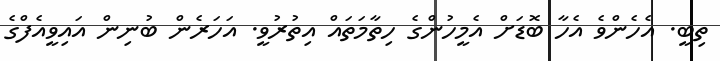
ތިބީ. އެހެންވެ އެހާ ބޮޑަށް އެމީހުންގެ ހިތާމަތައް އިތުރުވީ. އަހަރެން ބުނިން އައިވީއެފްގެ